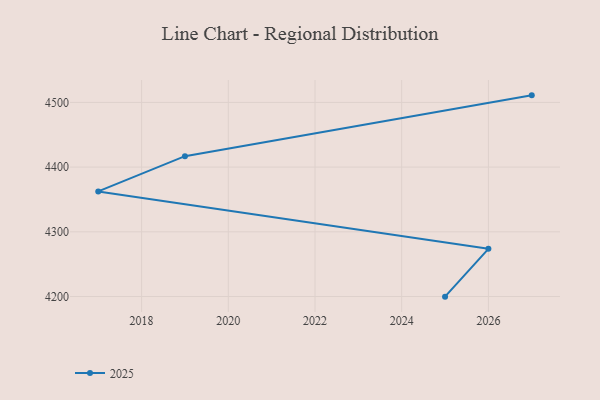
{"axis": {"x": "Year", "y": "Production Output"}, "legend": ["2025"], "data": [{"x": "2025", "y": 4199.8, "type": "2025"}, {"x": "2026", "y": 4273.7, "type": "2025"}, {"x": "2017", "y": 4362.4, "type": "2025"}, {"x": "2019", "y": 4416.9, "type": "2025"}, {"x": "2027", "y": 4510.9, "type": "2025"}]}